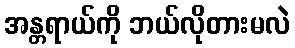
အန္တရာယ်ကို ဘယ်လိုတားမလဲ